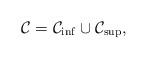
LaTeX: \begin{align*}\mathcal{C}= \mathcal{C}_{\inf} \cup \mathcal{C}_{\sup},\end{align*}